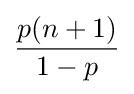
{\frac {p(n+1)}{1-p}}